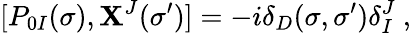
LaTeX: [P_{0I}(\sigma),\mathbf{X}^{J}(\sigma^{\prime})]=-i\delta_{D}(\sigma,\sigma^{\prime})\delta_{I}^{J}\ ,